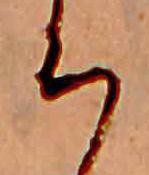
ち